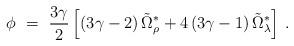
LaTeX: \begin{align*}\phi \ = \ \frac{3\gamma}{2}\left[ \left(3\gamma-2\right)\tilde{\Omega}^\ast_\rho+4\left(3\gamma-1\right)\tilde{\Omega}^\ast_\lambda\right] \,.\end{align*}